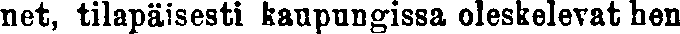
net, tilapäisesti kaupungissa oleskelevat hen-